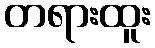
တရားထူး